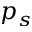
p _ { s }